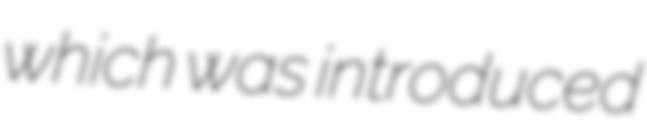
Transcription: which was introduced